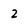
Character: 2